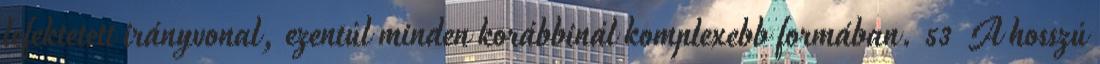
lefektetett irányvonal, ezentúl minden korábbinál komplexebb formában. 53 A hosszú